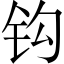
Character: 钩